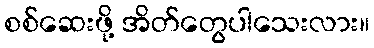
စစ်ဆေးဖို့ အိတ်တွေပါသေးလား။